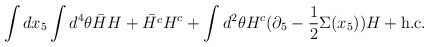
\begin{align*}\int d x_5 \int d^4 \theta \bar{H} H + \bar{H^c} H^c + \int d^2 \theta H^c (\partial_5 - \frac{1}{2} \Sigma(x_5)) H + \mbox{h.c.}\end{align*}